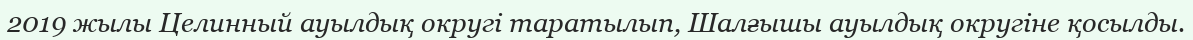
2019 жылы Целинный ауылдық округі таратылып, Шалғышы ауылдық округіне қосылды.